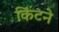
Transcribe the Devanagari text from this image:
किंटने